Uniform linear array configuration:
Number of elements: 64
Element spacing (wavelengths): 0.75
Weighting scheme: blackman
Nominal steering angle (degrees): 60
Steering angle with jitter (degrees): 60.52
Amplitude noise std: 0.05
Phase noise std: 0.05

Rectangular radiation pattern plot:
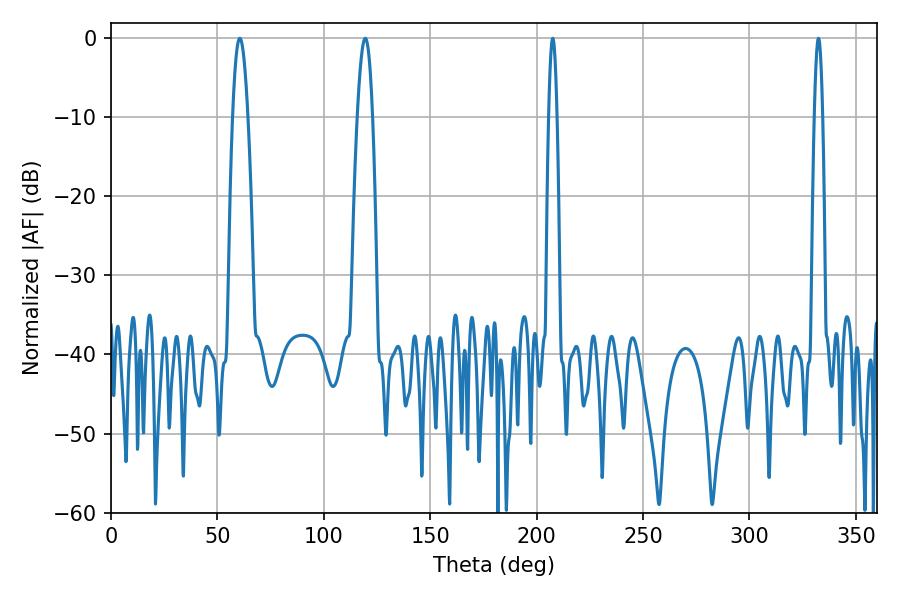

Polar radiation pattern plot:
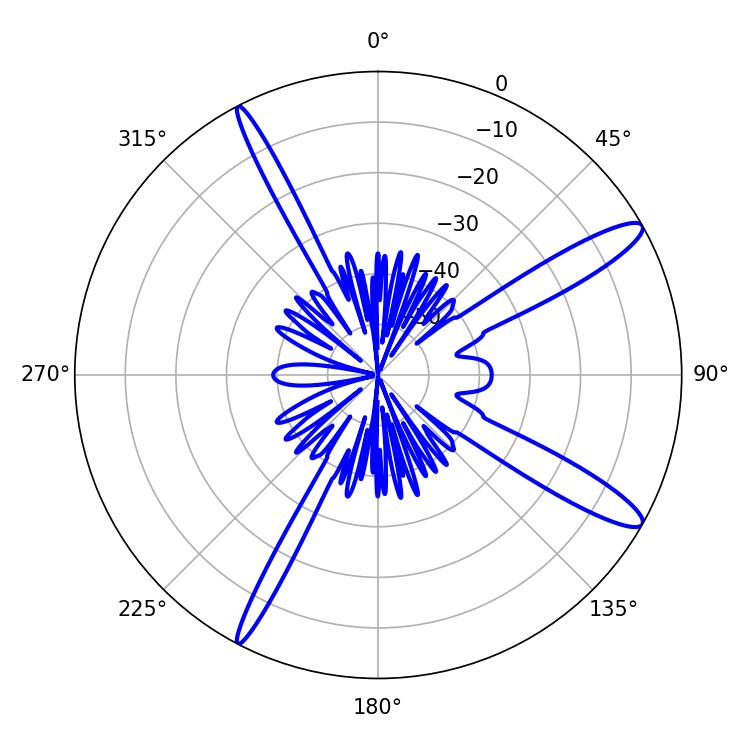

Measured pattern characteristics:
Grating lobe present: TRUE
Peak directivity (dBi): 13.37
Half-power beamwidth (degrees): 3.78
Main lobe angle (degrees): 60.48